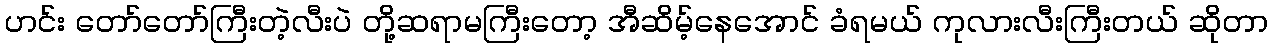
ဟင်း တော်တော်ကြီးတဲ့လီးပဲ တို့ဆရာမကြီးတော့ အီဆိမ့်နေအောင် ခံရမယ် ကုလားလီးကြီးတယ် ဆိုတာ